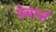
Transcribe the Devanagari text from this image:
डेबार्ज